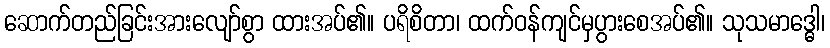
ဆောက်တည်ခြင်းအားလျော်စွာ ထားအပ်၏။ ပရိစိတာ၊ ထက်ဝန်ကျင်မှပွားစေအပ်၏။ သုသမာဒ္ဓေါ၊